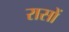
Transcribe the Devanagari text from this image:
रासों